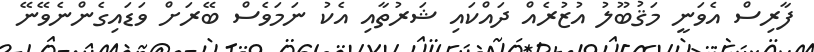
ފާރިސް އެވަނީ މަޤުބޫލު އުޒުރެއް ދައްކައި ޝަރުތާއި އެކު ނަމަވެސް ބޭރަށް ވަޑައިގެންނެވޭނޭ